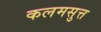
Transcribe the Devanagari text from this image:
कलमसुत्त